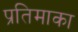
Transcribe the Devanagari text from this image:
प्रतिमाका